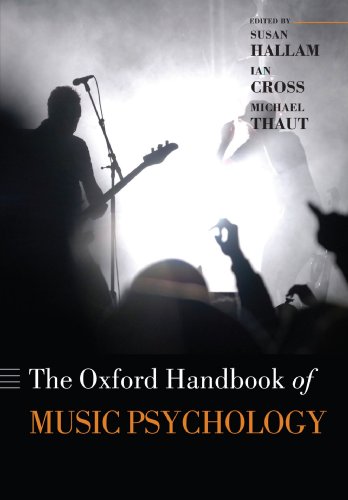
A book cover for Oxford Handbook of Music Psychology (Oxford Library of Psychology); Susan Hallam; Medical Books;